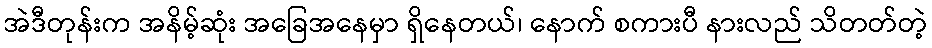
အဲဒီတုန်းက အနိမ့်ဆုံး အခြေအနေမှာ ရှိနေတယ်၊ နောက် စကားပီ နားလည် သိတတ်တဲ့